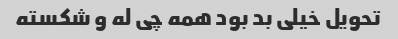
تحویل خیلی بد بود همه چی له و شکسته